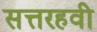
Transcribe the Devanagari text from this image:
सत्तरहवी